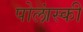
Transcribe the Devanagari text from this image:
पोलांस्की